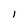
Character: I